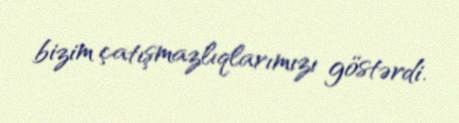
bizim çatışmazlıqlarımızı göstərdi.